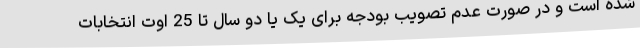
شده است و در صورت عدم تصویب بودجه برای یک یا دو سال تا 25 اوت انتخابات